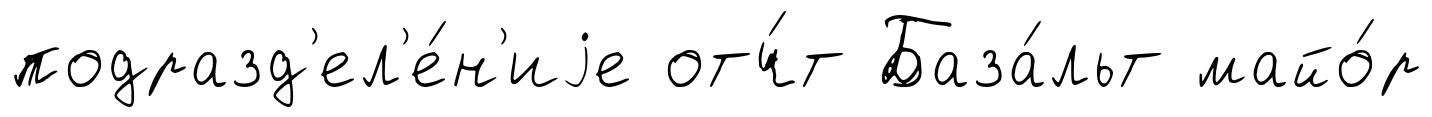
подразд'ел'е́н'иjе отч́т База́льт майо́р